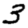
Digit: 3